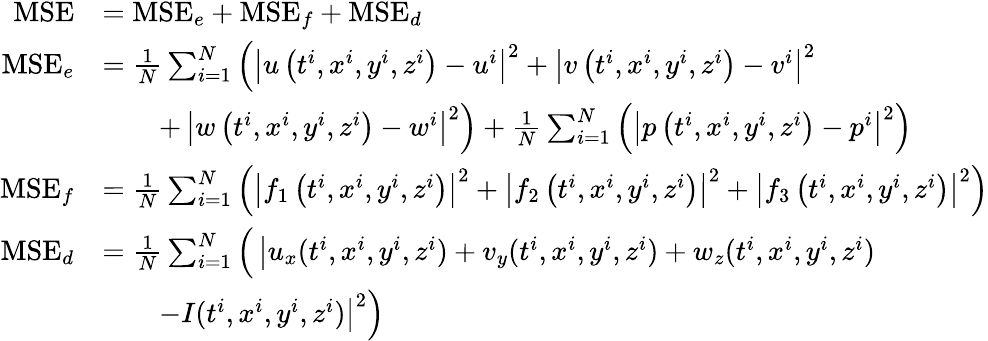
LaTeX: \begin{array}{rl}{\mathrm{MSE}}&{=\mathrm{MSE}_{e}+\mathrm{MSE}_{f}+\mathrm{MSE}_{d}}\\ {\mathrm{MSE}_{e}}&{=\frac{1}{N}\sum_{i=1}^{N}\left(\left|u\left(t^{i},x^{i},y^{i},z^{i}\right)-u^{i}\right|^{2}+\left|v\left(t^{i},x^{i},y^{i},z^{i}\right)-v^{i}\right|^{2}\right.}\\ &{\qquad+\left.\left|w\left(t^{i},x^{i},y^{i},z^{i}\right)-w^{i}\right|^{2}\right)+\frac{1}{N}\sum_{i=1}^{N}\left(\left|p\left(t^{i},x^{i},y^{i},z^{i}\right)-p^{i}\right|^{2}\right)}\\ {\mathrm{MSE}_{f}}&{=\frac{1}{N}\sum_{i=1}^{N}\left(\left|f_{1}\left(t^{i},x^{i},y^{i},z^{i}\right)\right|^{2}+\left|f_{2}\left(t^{i},x^{i},y^{i},z^{i}\right)\right|^{2}+\left|f_{3}\left(t^{i},x^{i},y^{i},z^{i}\right)\right|^{2}\right)}\\ {\mathrm{MSE}_{d}}&{=\frac{1}{N}\sum_{i=1}^{N}\Big(\left|u_{x}(t^{i},x^{i},y^{i},z^{i})+v_{y}(t^{i},x^{i},y^{i},z^{i})+w_{z}(t^{i},x^{i},y^{i},z^{i})\right.\Big.}\\ &{\qquad\left.\left.-I(t^{i},x^{i},y^{i},z^{i})\right|^{2}\right)}\end{array}